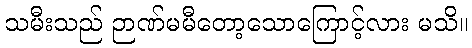
သမီးသည် ဉာဏ်မမီတော့သောကြောင့်လား မသိ။